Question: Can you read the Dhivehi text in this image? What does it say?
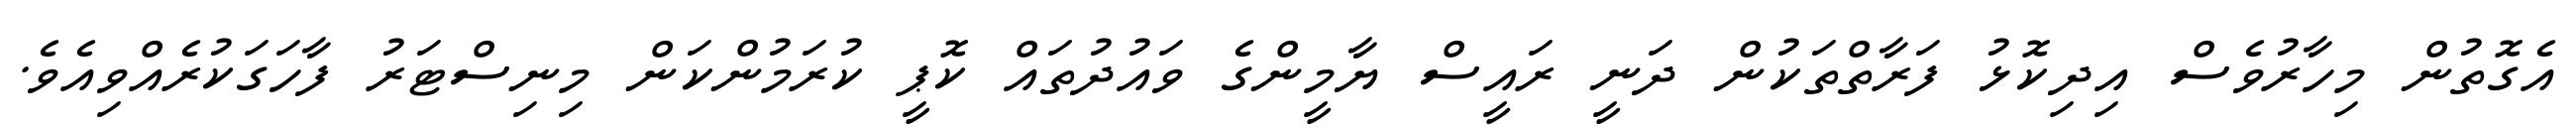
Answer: އެގޮތުން މިހާރުވެސް އިދިކޮޅު ފަރާތްތަކުން ދަނީ ރައީސް ޔާމީންގެ ވައުދުތައް ކޮޕީ ކުރަމުންކަން މިނިސްޓަރު ފާހަގަކުރެއްވިއެވެ.